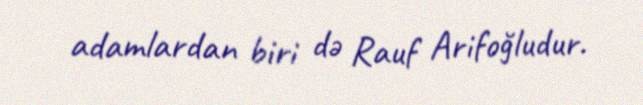
adamlardan biri də Rauf Arifoğludur.